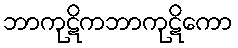
ဘာကုဋိကဘာကုဋိကော